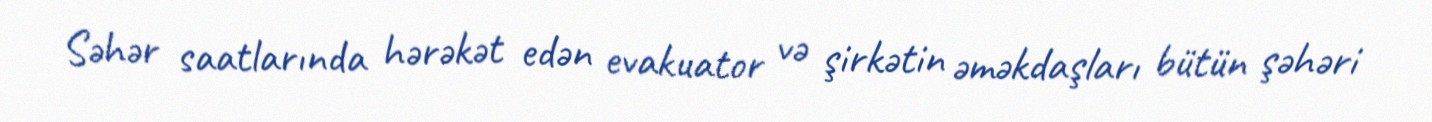
Səhər saatlarında hərəkət edən evakuator və şirkətin əməkdaşları bütün şəhəri